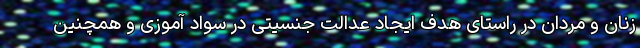
زنان و مردان در راستای هدف ایجاد عدالت جنسیتی در سواد آموزی و همچنین